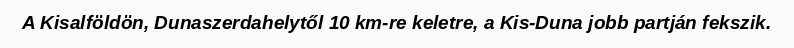
A Kisalföldön, Dunaszerdahelytől 10 km-re keletre, a Kis-Duna jobb partján fekszik.